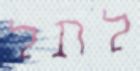
לתל